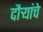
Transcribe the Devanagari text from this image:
दौर्‍यांचे